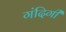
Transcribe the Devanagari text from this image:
गंदिगी